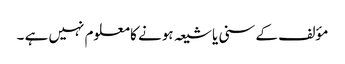
مؤلف کے سنی یا شیعہ ہونے کا معلوم نہیں ہے ۔